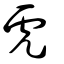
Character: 虎